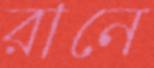
রানে